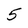
Character: 5